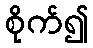
စိုက်၍